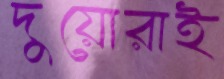
দুয়োরাই